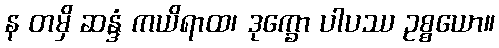
န တမှိ ဆန္ဒံ ကယိရာထ၊ ဒုက္ခော ပါပဿ ဥစ္စယော။